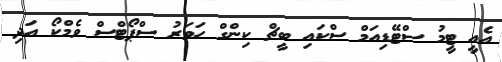
އެއީ ޓީމު ސްޓޭޑިއަމް ސްކައި ބީޗް ކިންގް ހަވަރު ސްޕޯޓްސް ވެމްކޯ އަދި